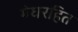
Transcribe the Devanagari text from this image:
मेघरहित